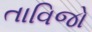
તાવિજો